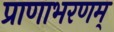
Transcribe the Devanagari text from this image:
प्राणाभरणम्‌